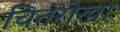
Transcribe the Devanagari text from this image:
चितरोखा